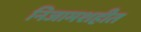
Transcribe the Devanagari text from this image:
निजामशहीत